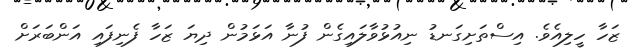
ޒަހާ ހީލިއެވެ. އިސްތަށިގަނޑު ނިއުޅުވާލައިގެން ފުނާ އަޅަމުން ދިޔަ ޒަހާ ފެނިފައި އަންބަރަށް